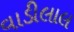
વાડીલાલ